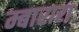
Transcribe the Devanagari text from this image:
म्बारारा